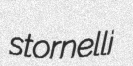
stornelli